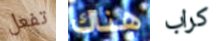
تفعل هناك كراب